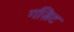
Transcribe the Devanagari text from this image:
गज़िट